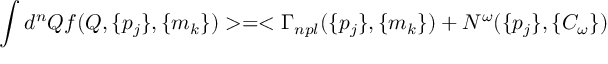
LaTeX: \int d ^ { n } Q f ( Q , \{ p _ { j } \} , \{ m _ { k } \} ) > = < \Gamma _ { n p l } ( \{ p _ { j } \} , \{ m _ { k } \} ) + N ^ { \omega } ( \{ p _ { j } \} , \{ C _ { \omega } \} )